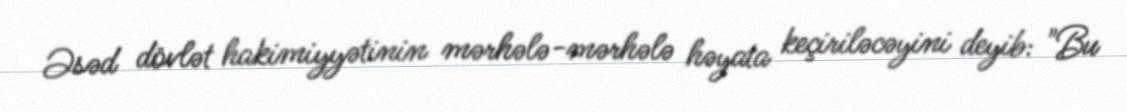
Əsəd dövlət hakimiyyətinin mərhələ-mərhələ həyata keçiriləcəyini deyib: "Bu